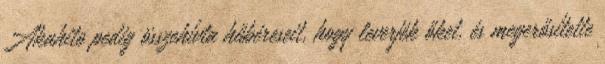
Akahito pedig összehívta hűbéreseit, hogy leverjék őket, és megerősítette